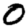
Digit: 0